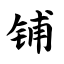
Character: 铺